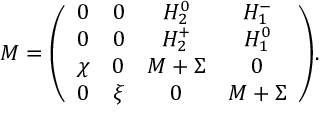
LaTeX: { \cal M } = { \left( \begin{array} { c c c c } { { 0 } } & { { 0 } } & { { H _ { 2 } ^ { 0 } } } & { { H _ { 1 } ^ { - } } } \\ { { 0 } } & { { 0 } } & { { H _ { 2 } ^ { + } } } & { { H _ { 1 } ^ { 0 } } } \\ { { \chi } } & { { 0 } } & { { M + \Sigma } } & { { 0 } } \\ { { 0 } } & { { \xi } } & { { 0 } } & { { M + \Sigma } } \end{array} \right) } .